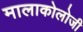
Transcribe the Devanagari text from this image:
मालाकोलोजी